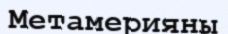
Метамерияны